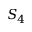
S _ { 4 }